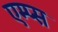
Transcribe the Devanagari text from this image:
एम्प्स